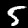
Label: 5